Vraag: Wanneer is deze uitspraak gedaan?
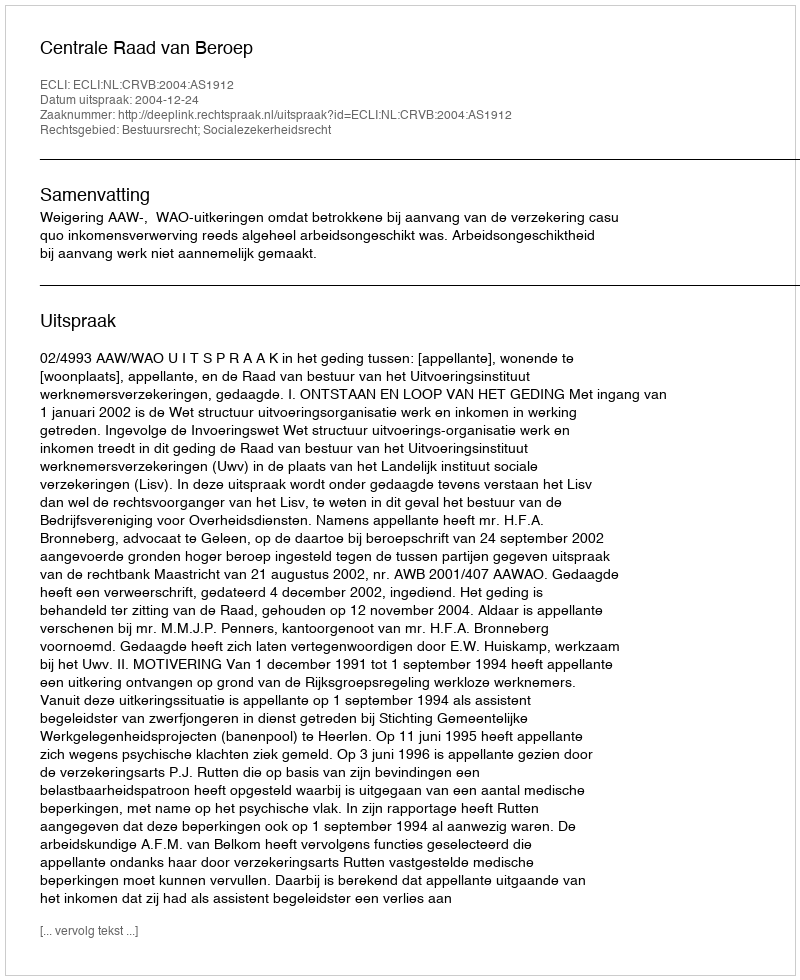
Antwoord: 2004-12-24